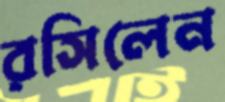
রসিলেন